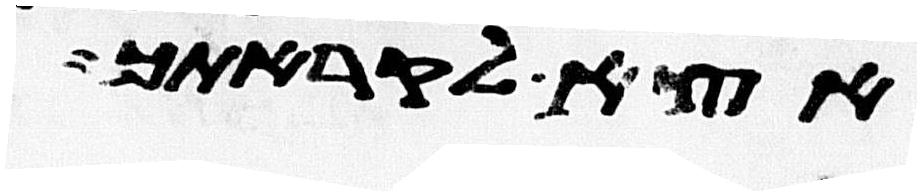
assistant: אצא לקראתך